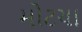
મોટચા